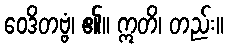
ဝေဒိတဗ္ဗံ၊ ၏။ ဣတိ၊ တည်း။